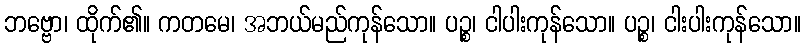
ဘဗ္ဗော၊ ထိုက်၏။ ကတမေ၊ အဘယ်မည်ကုန်သော။ ပဉ္စ၊ ငါပါးကုန်သော။ ပဉ္စ၊ ငါးပါးကုန်သော။